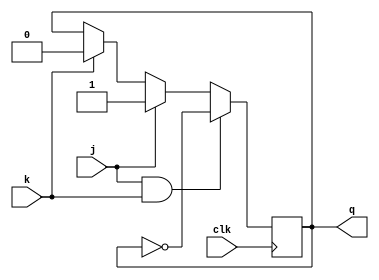
module jk_ff(j, k, clk, q);
    input j, k, clk;
    output q;
    reg q;
    
    initial 
        q = 1'b0;   
    always @(posedge clk)
        begin
            if(j && k)
                q = ~q;
            else if(j)
                q = 1;
            else if(k)
                q = 0;
        end
endmodule


module counter(q, clk);
    output [3:0] q;
    input clk;
    wire q0q1, q0q1q2;
    jk_ff f1(1'b1, 1'b1, clk,  q[0]);
    //assign q0 = q[0];
    jk_ff f2(q[0], q[0], clk,  q[1]);

    and (q0q1, q[0], q[1]);
    jk_ff f3(q0q1, q0q1, clk, q[2]);

    and(q0q1q2, q0q1, q[2]);
    jk_ff f4(q0qq1q2, q0q1q2, clk,  q[3]);

endmodule

module testbench;
    reg clk;
    wire [3:0] q;

    counter mod(q, clk);

    initial begin
       $monitor(, $time, " q = %b", q);
       clk = 1'b0;
       #165 $finish; 
    end

    always begin
        #5 clk = ~clk;
    end
endmodule